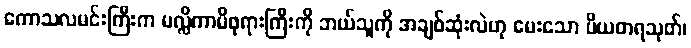
ကောသလမင်းကြီးက မလ္လိကာမိဖုရားကြီးကို ဘယ်သူကို အချစ်ဆုံးလဲဟု မေးသော ပိယတရသုတ်၊